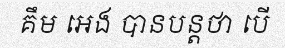
គឹម អេង បានបន្តថា បើ